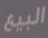
البيع